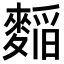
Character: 𮭾